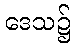
ဒေသ၌